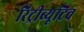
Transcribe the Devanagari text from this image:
रिट्रीब्यूटिव